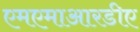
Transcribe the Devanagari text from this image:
एमएमाआरडीए